Vaccination in the Punjab 1897-1904 - 1897-1904
Year: 1897
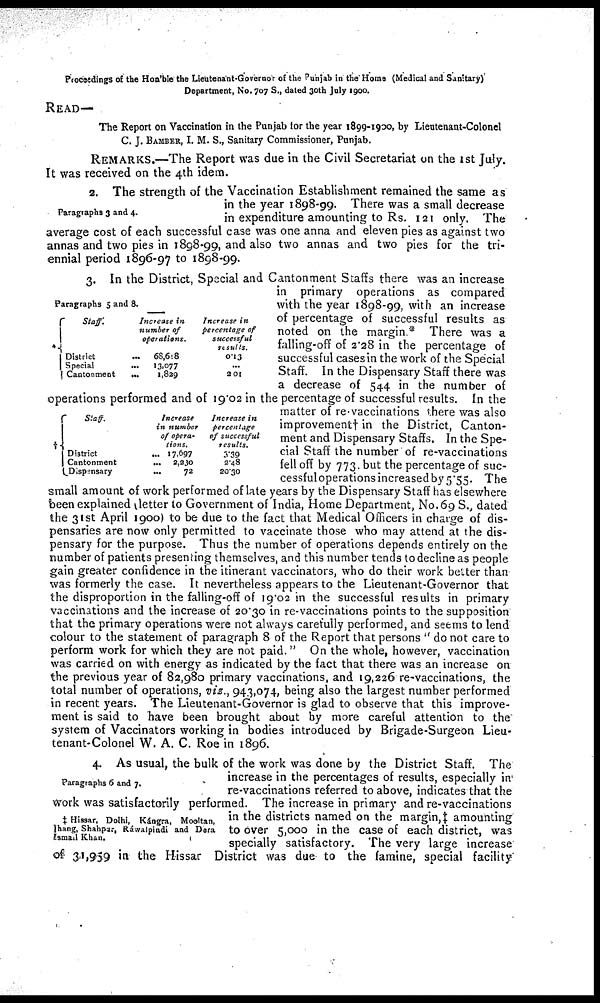
Proceedings of the Hon'ble the Lieutenant-Governor of the Punjab in the Home (Medical and Sanitary)
Department, No. 707 S., dated 30th July 1900.
READ—
The Report on Vaccination in the Punjab for the year 1899-1900, by Lieutenant-Colonel
C. J. BAMBER, I. M. S., Sanitary Commissioner, Punjab.
REMARKS.—The Report was due in the Civil Secretariat on the 1st July.
It was received on the 4th idem.
Paragraphs 3 and 4.
2. The strength of the Vaccination Establishment remained the same as
in the year 1898-99. There was a small decrease
in expenditure amounting to Rs. 121 only. The
average cost of each successful case was one anna and eleven pies as against two
annas and two pies in 1898-99, and also two annas and two pies for the tri-
ennial period 1896-97 to 1898-99.
Paragraphs 5 and 8.
*
Staff.
District
Special
Cantonment
Increase in
number of
operations.
68,618
13,077
1,829
Increase in
percentage of
successful
results.
0.13
...
201
†
Staff.
District
Cantonment
Dispensary
Increase
in number
of opera-
tions.
17,697
2,230
72
Increase in
percentage
of successful
results.
3.39
2.48
20.30
3. In the District, Special and Cantonment Staffs there was an increase
in primary operations as compared
with the year 1898-99, with an increase
of percentage of successful results as
noted on the margin.* There was a
falling-off of 2.28 in the percentage of
successful cases in the work of the Special
Staff. In the Dispensary Staff there was
a decrease of 544 in the number of
operations performed and of 19.02 in the percentage of successful results. In the
matter of re-vaccinations there was also
improvement† in the District, Canton-
ment and Dispensary Staffs. In the Spe-
cial Staff the number of re-vaccinations
fell off by 773. but the percentage of suc¬
cessful operations increased by 5.55. The
small amount of work performed of late years by the Dispensary Staff has elsewhere
been explained letter to Government of India, Home Department, No. 69 S., dated
the 31st April 1900) to be due to the fact that Medical Officers in charge of dis-
pensaries are now only permitted to vaccinate those who may attend at the dis-
pensary for the purpose. Thus the number of operations depends entirely on the
number of patients presenting themselves, and this number tends to decline as people
gain greater confidence in the itinerant vaccinators, who do their work better than
was formerly the case. It nevertheless appears to the Lieutenant-Governor that
the disproportion in the falling-off of 19.02 in the successful results in primary
vaccinations and the increase of 20.30 in re-vaccinations points to the supposition
that the primary operations were not always carefully performed, and seems to lend
colour to the statement of paragraph 8 of the Report that persons “do not care to
perform work for which they are not paid." On the whole, however, vaccination
was carried on with energy as indicated by the fact that there was an increase on
the previous year of 82,980 primary vaccinations, and 19,226 re-vaccinations, the
total number of operations, viz., 943,074, being also the largest number performed
in recent years. The Lieutenant-Governor is glad to observe that this improve-
ment is said to have been brought about by more careful attention to the
system of Vaccinators working in bodies introduced by Brigade-Surgeon Lieu-
tenant-Colonel W. A. C. Roe in 1896.
Paragraphs 6 and 7.
‡ Hissar, Delhi, Kángra, Mooltan,
Jhang, Shahpur, Ráwalpindi and Dera
Ismail Khan.
4. As usual, the bulk of the work was done by the District Staff. The
increase in the percentages of results, especially in
re-vaccinations referred to above, indicates that the
work was satisfactorily performed. The increase in primary and re-vaccinations
in the districts named on the margin, ‡ amounting
to over 5,000 in the case of each district, was
specially satisfactory. The very large increase
of 31,959 in the Hissar District was due to the famine, special facility